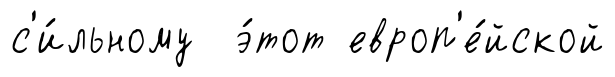
с'и́льному э́тот европ'е́йской